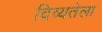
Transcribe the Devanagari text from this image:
दिव्यतेला